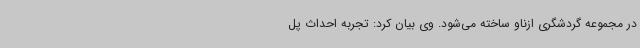
در مجموعه گردشگری ازناو ساخته می‌شود. وی بیان کرد: تجربه احداث پل